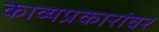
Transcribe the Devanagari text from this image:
काव्यप्रकारांवर